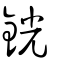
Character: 銧